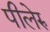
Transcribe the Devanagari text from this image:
पीलेरु